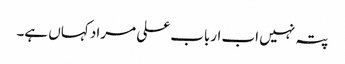
پتہ نہیں اب ارباب علی مراد کہاں ہے۔